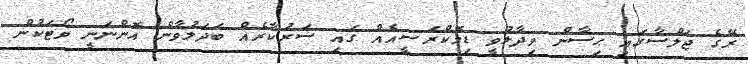
ރޭގެ ޖަލްސާގައި ޙިސާން ވިދާޅުވީ ޑިމޮކްރަސީއެއް ގައި ސަރުކާރެއް ބަދަލުވާން އޮންނަނީ ވޯޓަކުން